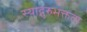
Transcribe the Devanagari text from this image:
स्याद्गुरुभक्तता